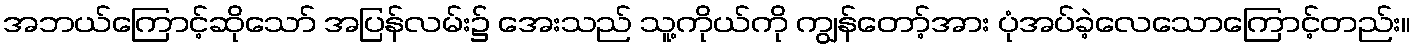
အဘယ်ကြောင့်ဆိုသော် အပြန်လမ်း၌ အေးသည် သူ့ကိုယ်ကို ကျွန်တော့်အား ပုံအပ်ခဲ့လေသောကြောင့်တည်း။